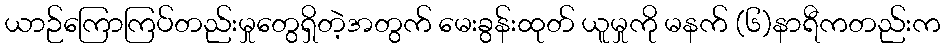
ယာဉ်ကြောကြပ်တည်းမှုတွေရှိတဲ့အတွက် မေးခွန်းထုတ် ယူမှုကို မနက် (၆)နာရီကတည်းက